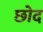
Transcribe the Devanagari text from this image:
छोद